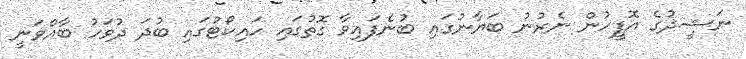
ނަޝީދުގެ އޮފީހުން ނެރުނު ބަޔާނުގައި ބުނެފައިވާ ގޮތުގައި ހައިކޯޓުގައި ބުދަ ދުވަހު ބާއްވަނީ